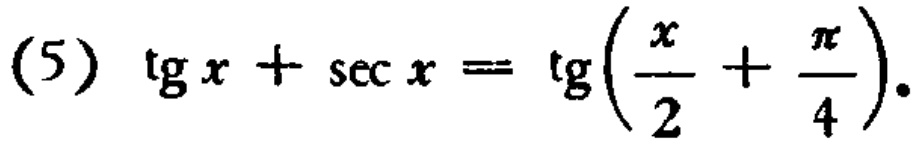
\((5)\ \text{tg}x+\sec x = \text{tg}\left(\frac{x}{2}+\frac{\pi}{4}\right)\)